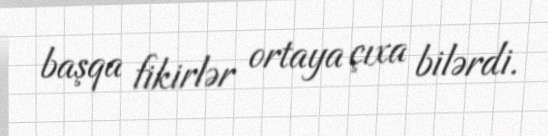
başqa fikirlər ortaya çıxa bilərdi.